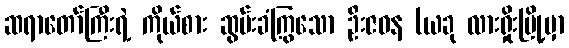
ဆရာတော်ကြီးရဲ့ ကိုယ်စား ဆွမ်းခံကြွသော ဦးဇဝန (ယခု လားရှိုးမြို့မှာ